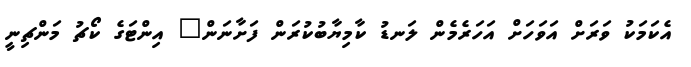
އެކަމަކު ވަރަށް އަވަހަށް އަހަރެމެން ލަނޑު ކާމިޔާބުކުރަން ފަށާނަން" އިންޓަގެ ކޯޗު މަންޗިނީ